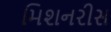
મિશનરીસ